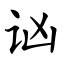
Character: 讻